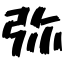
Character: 弥